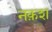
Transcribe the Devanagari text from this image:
नक़श